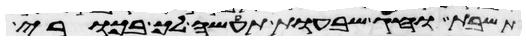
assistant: תשבת וחג שבעות תעשה לך בכורי